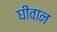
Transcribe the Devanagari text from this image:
घीवान